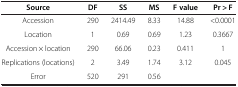
<table><thead><tr><td><b>Source</b></td><td><b>DF</b></td><td><b>SS</b></td><td><b>MS</b></td><td><b>F value</b></td><td><b>Pr &gt; F</b></td></tr></thead><tbody><tr><td>Accession</td><td>290</td><td>2414.49</td><td>8.33</td><td>14.88</td><td>&lt;0.0001</td></tr><tr><td>Location</td><td>1</td><td>0.69</td><td>0.69</td><td>1.23</td><td>0.3667</td></tr><tr><td>Accession × location</td><td>290</td><td>66.06</td><td>0.23</td><td>0.411</td><td>1</td></tr><tr><td>Replications (locations)</td><td>2</td><td>3.49</td><td>1.74</td><td>3.12</td><td>0.045</td></tr><tr><td>Error</td><td>520</td><td>291</td><td>0.56</td><td> </td><td> </td></tr></tbody></table>